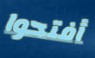
أفتحوا